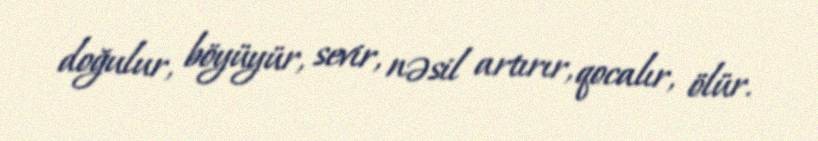
doğulur, böyüyür, sevir, nəsil artırır, qocalır, ölür.